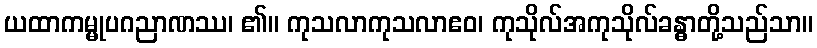
ယထာကမ္မုပဂညာဏဿ၊ ၏။ ကုသလာကုသလာဧဝ၊ ကုသိုလ်အကုသိုလ်ခန္ဓာတို့သည်သာ။